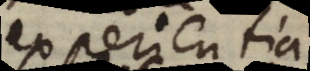
experientia